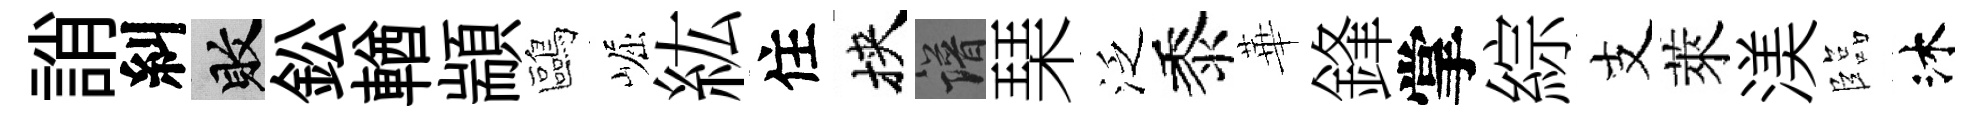
誚糾敗鈆輶顓鷗崛紘住挾譜琹泛黍華鋒掌綜支萊渼臨沐